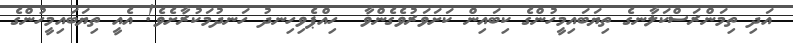
އަދި ތިމަންރަސްކަލާނގެ ތިޔަބައިމީހުންގެ ކިބައިން ކަށަވަރުވެގެންވާ  ހިއްޕެވިހިނދު ހަނދުމަކުރާށެވެ! އެއީ ތިޔަބައިމީހުންގެ